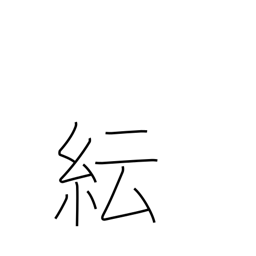
Meaning: confusion